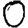
Digit: 0